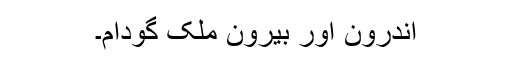
اندرون اور بیرون ملک گودام۔